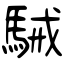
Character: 駴